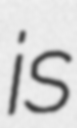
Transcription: is